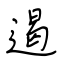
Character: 遏